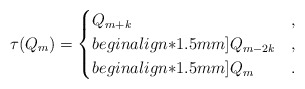
\begin{align*} \tau(Q_{m})= \begin{cases} Q_{m+k} & , \\begin{align*}1.5mm] Q_{m-2k} & , \\begin{align*}1.5mm] Q_m & . \end{cases}\end{align*}